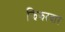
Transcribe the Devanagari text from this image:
झिझरदार